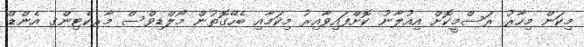
މިކަން މިހާރު ރަސްމީކޮށް އިއުލާނު ކޮށްފައިވާއިރު މިކަމާއި ބެހޭގޮތުން މޯލްޑިވްސް މާރކެޓިންގ އެންޑް